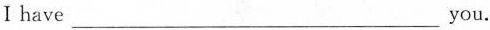
Ⅰhave___you.